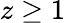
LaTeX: z\geq 1